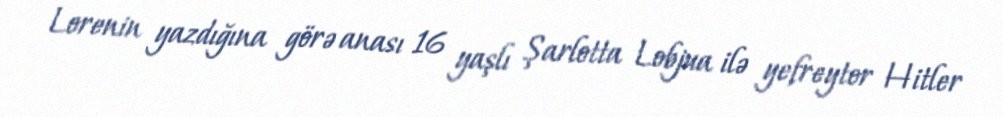
Lorenin yazdığına görə anası 16 yaşlı Şarlotta Lobjua ilə yefreytor Hitler